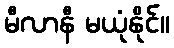
မီလာနီ မယုံနိုင်။